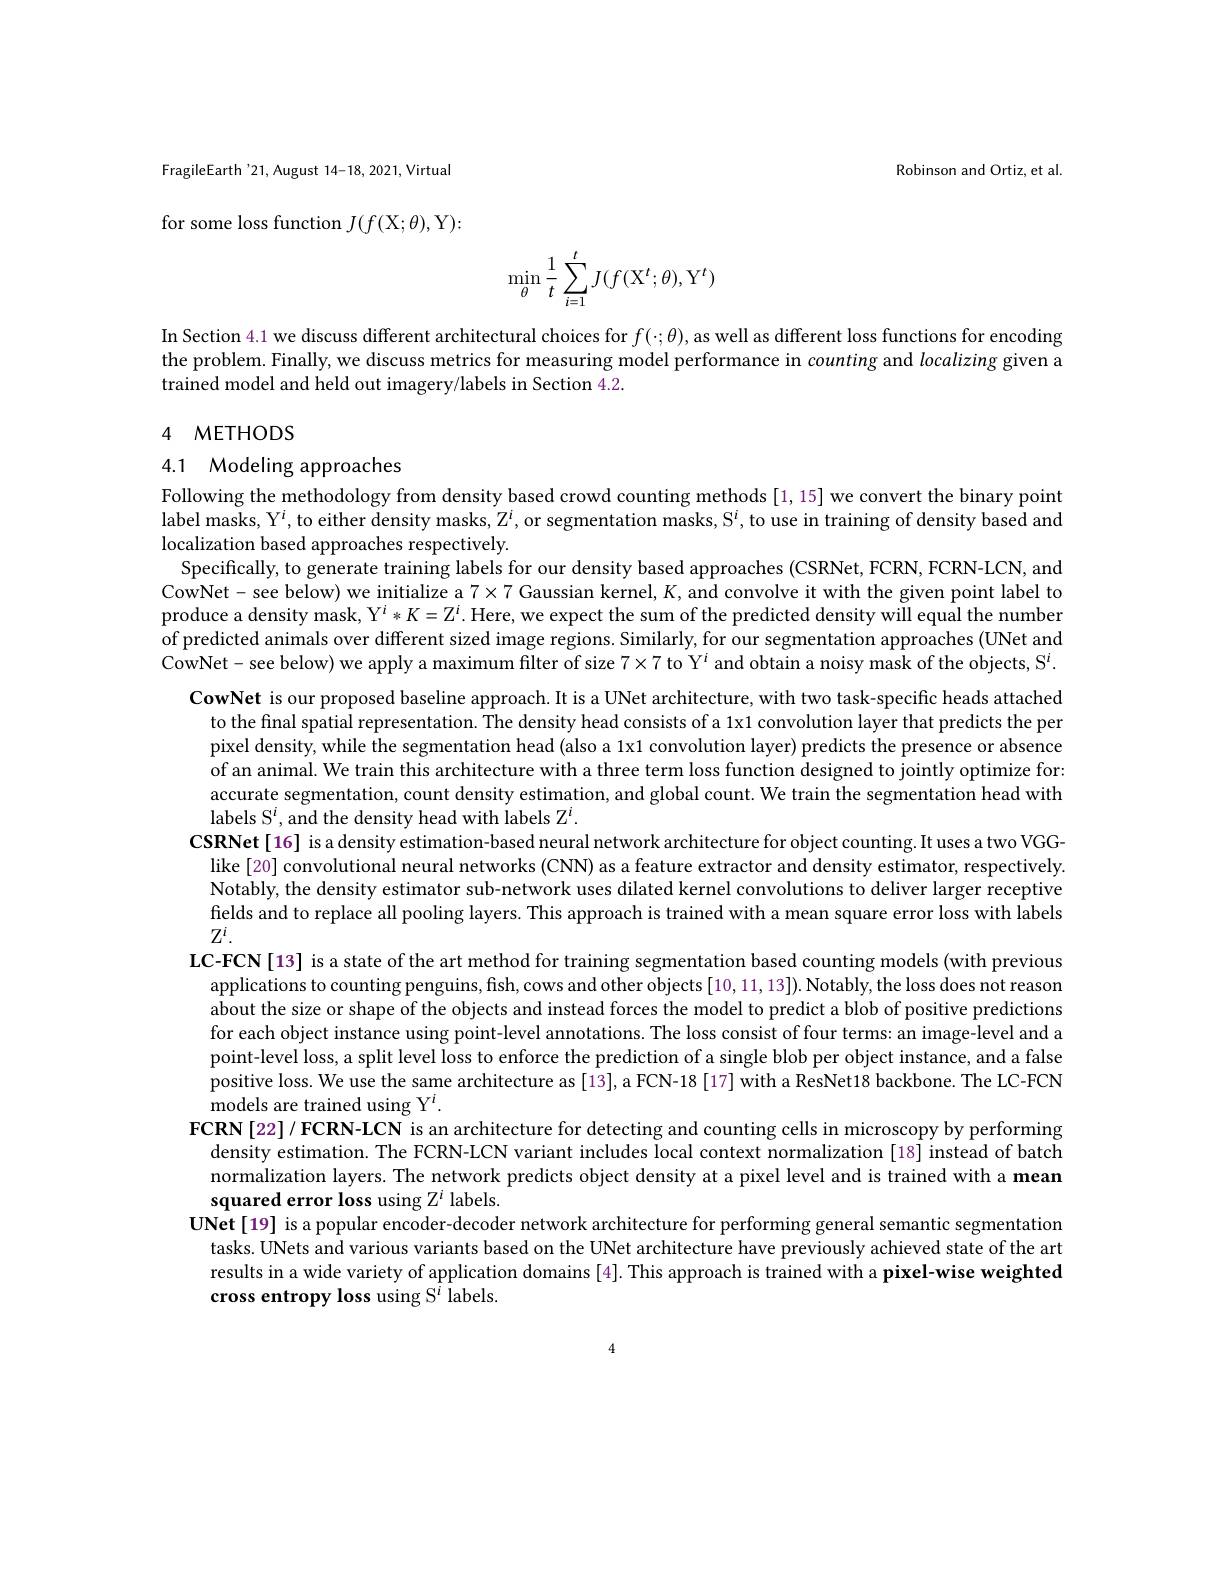
FragileEarth '21, August 14-18, 2021, Virtual

Robinson and Ortiz, et al.

for some loss function $J(f($X$;\theta)$,Y):
$$\min\limits_{\theta}\dfrac{1}{t}\sum\limits_{i=1}^{t}J(f(\mathrm X^t;\theta),\mathrm Y^t)$$
In Section 4.1 we discuss different architectural choices for $f(\cdot;\theta)$,as well as different loss functions for encoding the problem. Finally, we discuss metrics for measuring model performance in counting and localizing given a trained model and held out imagery/labels in Section 4.2.

## 4 метнорсти $d$

4.1 Modeling approaches

Following the methodology from density based crowd counting methods [1,15] we convert the binary point label masks, Y$^i$,to either density masks, Z$^i$,or segmentation masks, S$^i$,to use in training of density based and localization based approaches respectively.
Specifically, to generate training labels for our density based approaches (CSRNet, FCRN, FCRN-LCN, and CowNet- see below) we initialize a $7\times7$ Gaussian kernel, $K$, and convolve it with the given point label to produce a density mask, Y$^i*K=\mathbb{Z}^i.$ Here, we expect the sum of the predicted density will equal the number of predicted animals over different sized image regions. Similarly, for our segmentation approaches (UNet and CowNet- see below) we apply a maximum filter of size $7\times7$ to Y$^i$ and obtain a noisy mask of the objects, S$^i.$
CowNet is our proposed baseline approach. It is a UNet architecture, with two task-specific heads attached
to the final spatial representation. The density head consists of a 1x1 convolution layer that predicts the per pixel density, while the segmentation head (also a 1x1 convolution layer) predicts the presence or absence of an animal. We train this architecture with a three term loss function designed to jointly optimize for: accurate segmentation, count density estimation, and global count. We train the segmentation head with labels S$^i$,and the density head with labels Z$^i.$
CSRNet[16] isadensity estimation-based neural network architecture for object counting.It uses a two VGG-
like[20] convolutional neural networks (CNN) as a feature extractor and density estimator, respectively. Notably, the density estimator sub-network uses dilated kernel convolutions to deliver larger receptive fields and to replace all pooling layers. This approach is trained with a mean square error loss with labels $Z^i.$
LC-FCN[13] is a state of the art method for training segmentation based counting models (with previous
applications to counting penguins, fish, cows and other objects [10,11,13]). Notably, the loss does not reason about the size or shape of the objects and instead forces the model to predict a blob of positive predictions for each object instance using point-level annotations. The loss consist of four terms: an image-level and a point-level loss, a split level loss to enforce the prediction of a single blob per object instance, and a false positive loss. We use the same architecture as [13], a FCN-18 [17] with a ResNet18 backbone. The LC-FCN models are trained using Y$^i.$
FCRN[ 22] / FCRN- LCN is an architecture for detecting and counting cells in microscopy by performing
density estimation. The FCRN-LCN variant includes local context normalization [18] instead of batch normalization layers. The network predicts object density at a pixel level and is trained with a mean squared error loss using Z$^i$ labels.
UNet[19] is a popular encoder-decoder network architecture for performing general semantic segmentation
tasks. UNets and various variants based on the UNet architecture have previously achieved state of the art results in a wide variety of application domains [4]. This approach is trained with a pixel-wise weighted cross entropy loss using S$^{\bar{i}}$ labels.